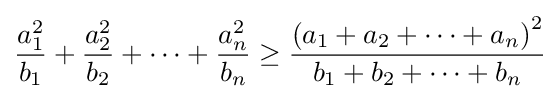
{\frac {a_{1}^{2}}{b_{1}}}+{\frac {a_{2}^{2}}{b_{2}}}+\cdots +{\frac {a_{n}^{2}}{b_{n}}}\geq {\frac {\left(a_{1}+a_{2}+\cdots +a_{n}\right)^{2}}{b_{1}+b_{2}+\cdots +b_{n}}}